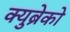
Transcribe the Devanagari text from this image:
क्युब्रेको